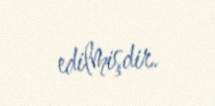
edilmişdir.